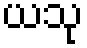
ယသု